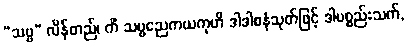
“သဗ္ဗ” လိန်တည်၊ ကိံ သဗ္ဗညေကယကုဟိ ဒါဒါစနံသုတ်ဖြင့် ဒါပစ္စည်းသက်,